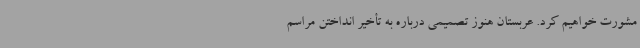
مشورت خواهیم کرد. عربستان هنوز تصمیمی درباره به تأخیر انداختن مراسم